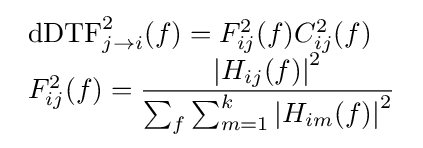
{\begin{array}{l}\mathrm {dDTF} _{j\rightarrow i}^{2}(f)=F_{ij}^{2}(f)C_{ij}^{2}(f)\\F_{ij}^{2}(f)=\displaystyle {\frac {\left|H_{ij}(f)\right|^{2}}{\sum _{f}\sum _{m=1}^{k}\left|H_{im}(f)\right|^{2}}}\end{array}}